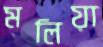
মলিয়া